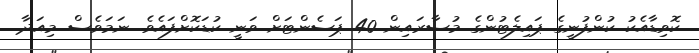
ކޮވިޑާއެކު ކުންފުނީގެ ޕައިލެޓުންގެ މުސާރައިން 40 ޕަސެންޓަށް ވަނީ ކުޑަކޮށްފައެވެ. ނަމަވެސް މިއަދާ